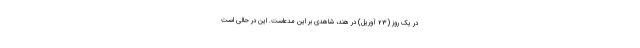
در یک روز (23 آوریل) در هند، شاهدی بر این مدعاست. این در حالی است